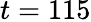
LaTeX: t=115